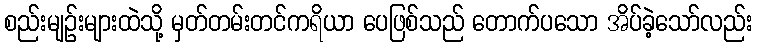
စည်းမျဉ်းများထဲသို့ မှတ်တမ်းတင်ကရိယာ ပေဖြစ်သည် တောက်ပသော အိပ်ခဲ့သော်လည်း